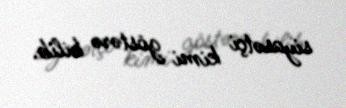
siyasətçi kimi göstərə bilib.